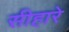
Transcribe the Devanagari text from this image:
सीहारे